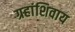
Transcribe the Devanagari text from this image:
ग्रहांशिवाय